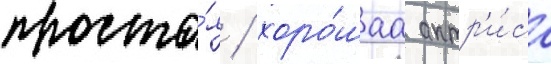
проста́я / хоро́шаа актр'и́са